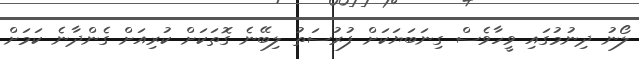
ލޯނު ދިނުމުގައި ވީހާވެސް ގިނަބަޔަކަށް ފުރުސަތު ލިބޭނެ ގޮތަަކަށް ކުރިއަށް ގެންދާނެ ކަމަށް